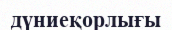
дүниеқорлығы